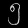
Digit: ၅